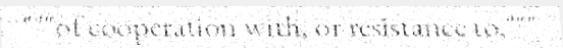
"""of cooperation with, or resistance to,"""